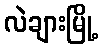
လဲချားမြို့